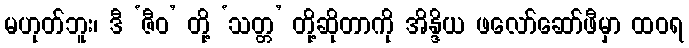
မဟုတ်ဘူး၊ ဒီ ‘ဇီဝ’ တို့ ‘သတ္တ’ တို့ဆိုတာကို အိန္ဒိယ ဖလော်ဆော်ဖီမှာ ထဝရ